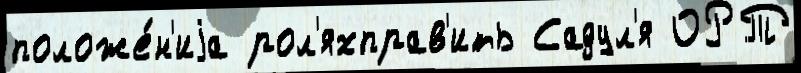
положе́н'иjа рол'яхправ'ить Садул'я ОРТ